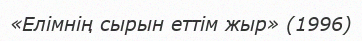
«Елімнің сырын еттім жыр» (1996)